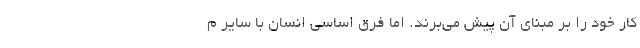
كار خود را بر مبناي آن پيش مي‌برند. اما فرق اساسي انسان با ساير م